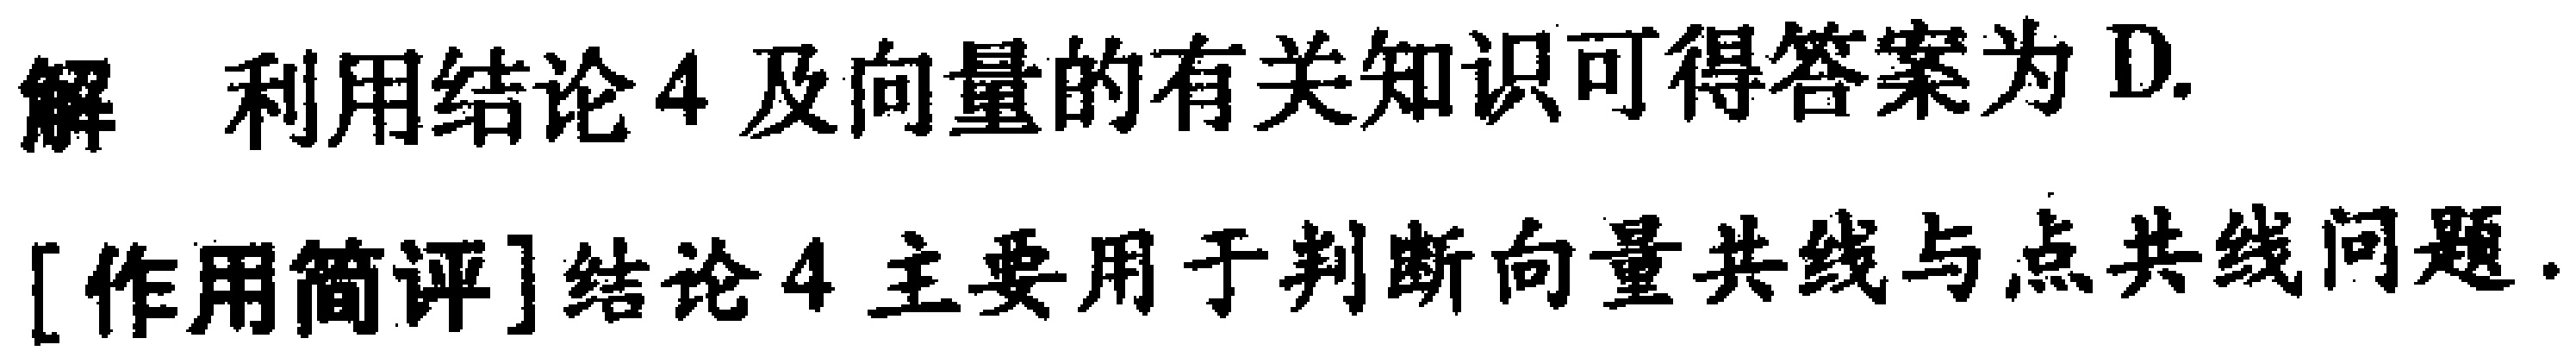
解 利用结论 4 及向量的有关知识可得答案为 D.
[作用简评]结论 4 主要用于判断向量共线与点共线问题.